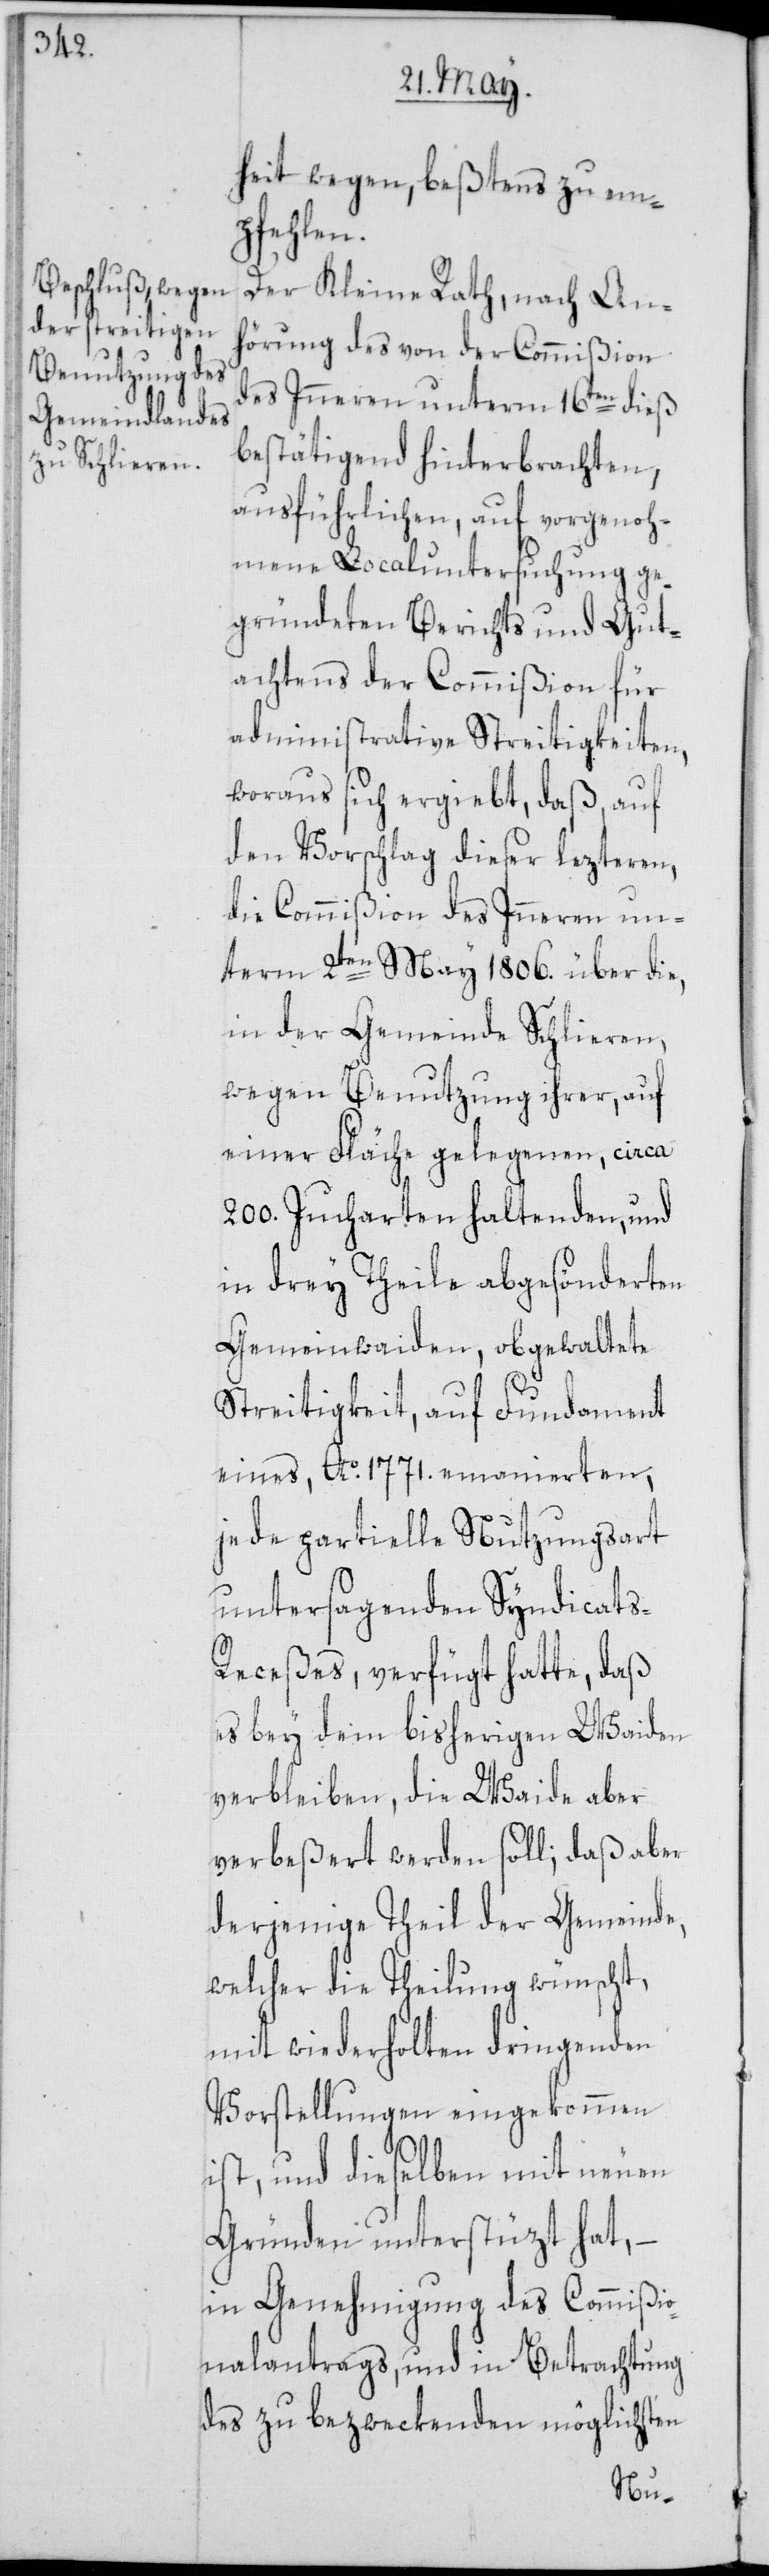
heit wegen, beßtens zu em¬
pfehlen.
Der Kleine Rath, nach An¬
hörung des von der Commißion
des Inneren unterm 16ten dieß
bestätigend hinterbrachten,
ausführlichen, auf vorgenoh¬
mene Localuntersuchung ge¬
gründeten Berichts und Gut¬
achtens der Commißion für
administrative Streitigkeiten,
woraus sich ergiebt, daß, auf
den Vorachlag dieser lezteren,
die Commißion des Inneren un¬
term 2ten May 1806. über die,
in der Gemeinde Schlieren,
wegen Benutzung ihrer, auf
einer Fläche gelegenen, circa
200. Jucharten haltenden, und
in drey Theile abgesönderten
Gemeindwaiden, obgewaltete
Streitigkeit, auf Fundament
eines, Ao. 1771. emanierten,
jede partielle Nutzungsart
untersagenden Syndicat¬
eceßes, verfügt hatte, daß
es bey dem bisherigen Waiden
verbleiben, die Waide aber
verbeßert werden soll; daß aber
derjenige Theil der Gemeinde,
welcher die Theilung wünscht,
mit wiederholten dringenden
Vorstellungen eingekommen
ist, und dieselben mit neuen
Gründen unterstüzt hat, –
in Genehmigung des Commißio¬
nalantrags, und in Betrachtung
des zu bezweckenden möglichsten
s-R¬